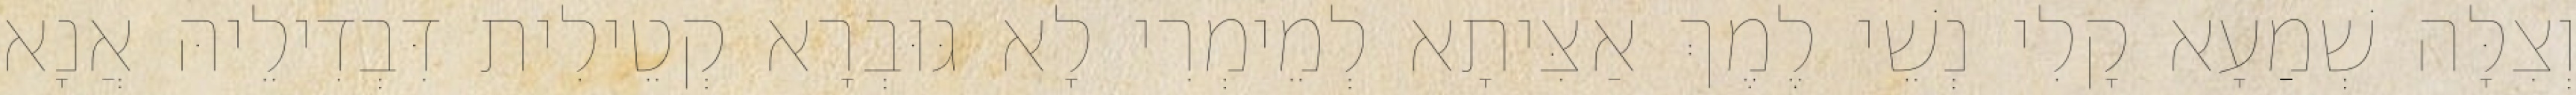
וְצִלָּה שְׁמַעָא קָלִי נְשֵׁי לֶמֶךְ אַצִּיתָא לְמֵימְרִי לָא גּוּבְרָא קְטֵילִית דִּבְדִילֵיהּ אֲנָא